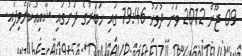
09 ޖޫން 2012 ވަނަ ދުވަހު 19:46 ގައި ޚަބަރުގެ ދަށުގައި ޝާއިޢުކުރެވިފައި.